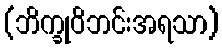
(ဘိက္ခုဝိဘင်းအရသာ)